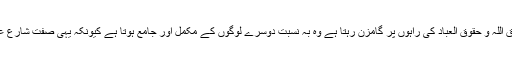
آپ فرماتے تھے کہ جو شخص حقوق اللہ و حقوق العباد کی راہوں پر گامزن رہتا ہے وہ بہ نسبت دوسرے لوگوں کے مکمل اور جامع ہوتا ہے کیونکہ یہی صفت شارع علیہ السلام حضور اکرمؐ کی بھی تھی۔